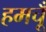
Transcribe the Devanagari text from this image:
हमचूँ